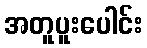
အတူပူးပေါင်း